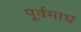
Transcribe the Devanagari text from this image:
पूर्वमाघ